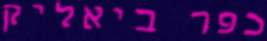
כפר ביאליק